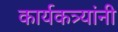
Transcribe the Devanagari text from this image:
कार्यकत्र्यांनी